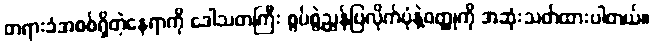
တရားခံအစစ်ရှိတဲ့နေရာကို ဒေါသတကြီး စွပ်စွဲညွှန်ပြလိုက်ပုံနဲ့ဝတ္ထုကို အဆုံးသတ်ထားပါတယ်။